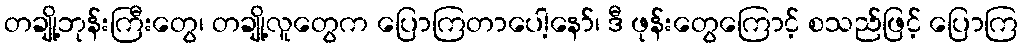
တချို့ဘုန်းကြီးတွေ၊ တချို့လူတွေက ပြောကြတာပေါ့နော်၊ ဒီ ဖုန်းတွေကြောင့် စသည်ဖြင့် ပြောကြ